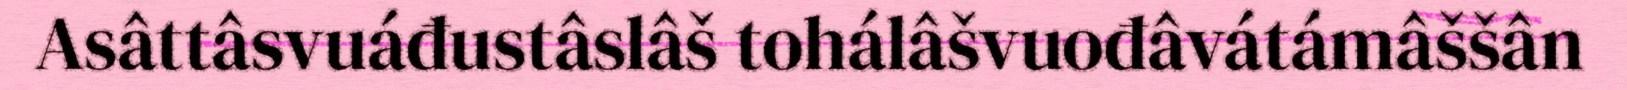
Asâttâsvuáđustâslâš tohálâšvuođâvátámâššân